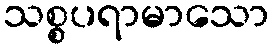
သစ္စပရာမာသော